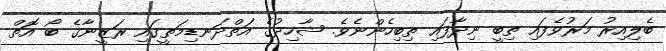
ބެލިއިރު މަރުވެފައި ތިބީ ނިދާފައި ތިބިހެންނެވެ. ޝާހިދުގެ އަތްދަނޑިމަތީގައި ރަޒީނާގެ ބޯ އޮތް